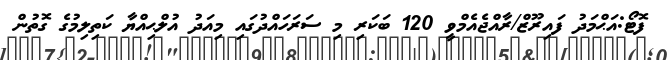
ފޮޓޯ:އަޙްމަދު ފައިރޫޒް/ރާއްޖެއެމްވީ 120 ބަކަރި މި ސަރަހައްދުގައި މިއަދު އުލްޙިއްޔާ ކަތިލިމުގެ ގޮތުން